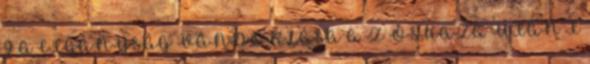
9 A CIGÁNYSÁG VÁNDORLÁSA A Z ŐSHAZA UTÁN I